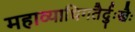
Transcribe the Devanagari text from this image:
महाव्याधिगतैर्दुःखैः